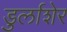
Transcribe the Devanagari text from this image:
डुर्लाशेर